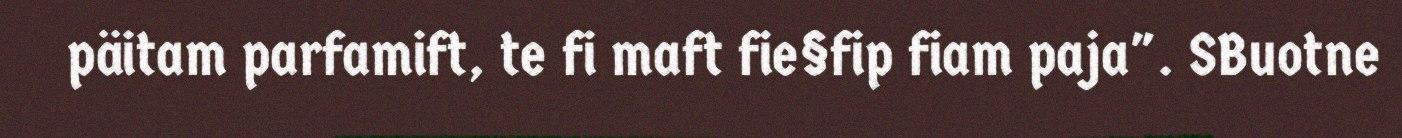
päitam parfamift, te fi maft fie§fip fiam paja". SBuotne